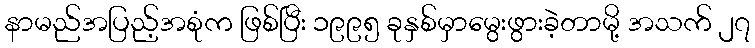
နာမည်အပြည့်အစုံက ဖြစ်ပြီး ၁၉၉၅ ခုနှစ်မှာမွေးဖွားခဲ့တာမို့ အသက် ၂၇